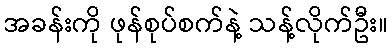
အခန်းကို ဖုန်စုပ်စက်နဲ့ သန့်လိုက်ဦး။